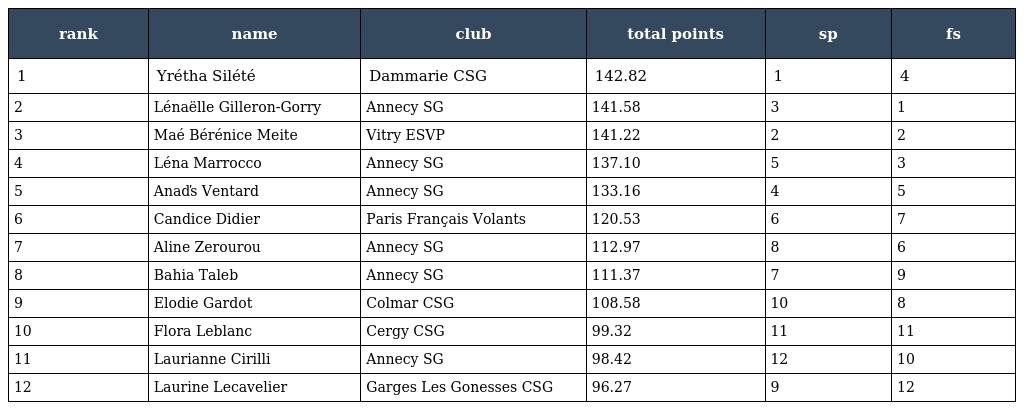
| rank | name | club | total points | sp | fs |
 | --- | --- | --- | --- | --- | --- |
 | 1 | Yrétha Silété | Dammarie CSG | 142.82 | 1 | 4 |
 | 2 | Lénaëlle Gilleron-Gorry | Annecy SG | 141.58 | 3 | 1 |
 | 3 | Maé Bérénice Meite | Vitry ESVP | 141.22 | 2 | 2 |
 | 4 | Léna Marrocco | Annecy SG | 137.10 | 5 | 3 |
 | 5 | Anaďs Ventard | Annecy SG | 133.16 | 4 | 5 |
 | 6 | Candice Didier | Paris Français Volants | 120.53 | 6 | 7 |
 | 7 | Aline Zerourou | Annecy SG | 112.97 | 8 | 6 |
 | 8 | Bahia Taleb | Annecy SG | 111.37 | 7 | 9 |
 | 9 | Elodie Gardot | Colmar CSG | 108.58 | 10 | 8 |
 | 10 | Flora Leblanc | Cergy CSG | 99.32 | 11 | 11 |
 | 11 | Laurianne Cirilli | Annecy SG | 98.42 | 12 | 10 |
 | 12 | Laurine Lecavelier | Garges Les Gonesses CSG | 96.27 | 9 | 12 |